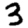
Digit: 3